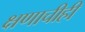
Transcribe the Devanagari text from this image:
क्षणाचीही